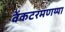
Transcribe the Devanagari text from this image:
वेंकटरमणय्या